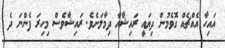
އައިހާ އެއްޗެއް ގޮވެމުން ދިޔައީ ރައިޝާއާ ދިމާލަށެވެ. ރައިޝާވެސް މިހިރަ ފެންނަ ދެ